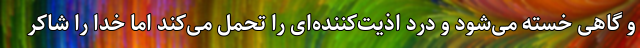
و گاهی خسته می‌شود و درد اذیت‌کننده‌ای را تحمل می‌کند اما خدا را شاکر